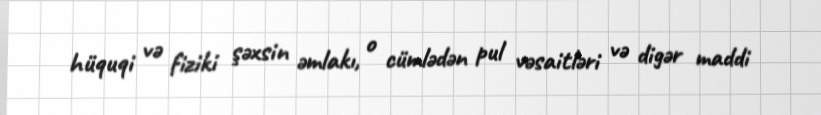
hüquqi və fiziki şəxsin əmlakı, o cümlədən pul vəsaitləri və digər maddi